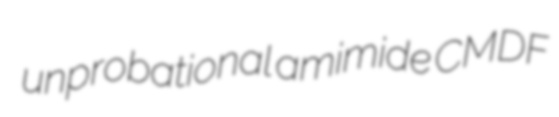
unprobational amimide CMDF